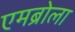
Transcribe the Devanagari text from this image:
एमब्रोला